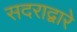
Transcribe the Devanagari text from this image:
सदराद्वारे